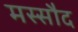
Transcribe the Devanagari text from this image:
मस्सौद